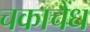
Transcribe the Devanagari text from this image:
चकाचैंध